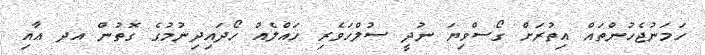
ހަމަނުޖެހުންތައް އިތުރަށް ގޯސްވިޔަ ނުދީ ސުލްހަވެރި ހައްލެއް ހޯދައިދިނުމުގެ ގޮތުން އދ އާއި